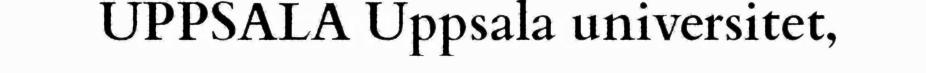
UPPSALA Uppsala universitet,